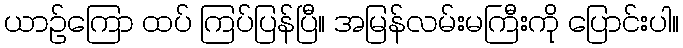
ယာဉ်ကြော ထပ် ကြပ်ပြန်ပြီ။ အမြန်လမ်းမကြီးကို ပြောင်းပါ။